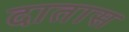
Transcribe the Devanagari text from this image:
दातास